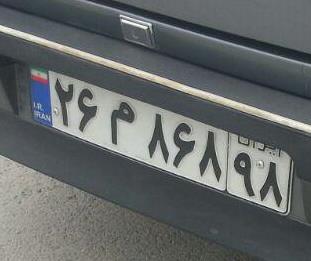
۲۶م۸۶۸۹۸